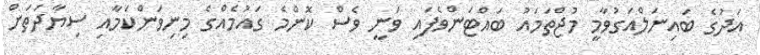
އަދުގެ ބައިނަލްއަގުވާމީ މުޖްތަމައު ބައްޓަންވެފައި ވަނީ ވެސް ކޮންމެ ގައުމެއްގެ މިނިވަންކަމާއި ސިޔާދަތަށް